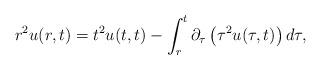
LaTeX: \begin{align*}r^2u(r,t)=t^2u(t,t)-\int_r^t\partial_{\tau}\left(\tau^2u(\tau,t)\right)d\tau,\end{align*}